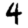
Digit: 4